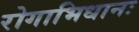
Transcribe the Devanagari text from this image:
रोगाभिधानः